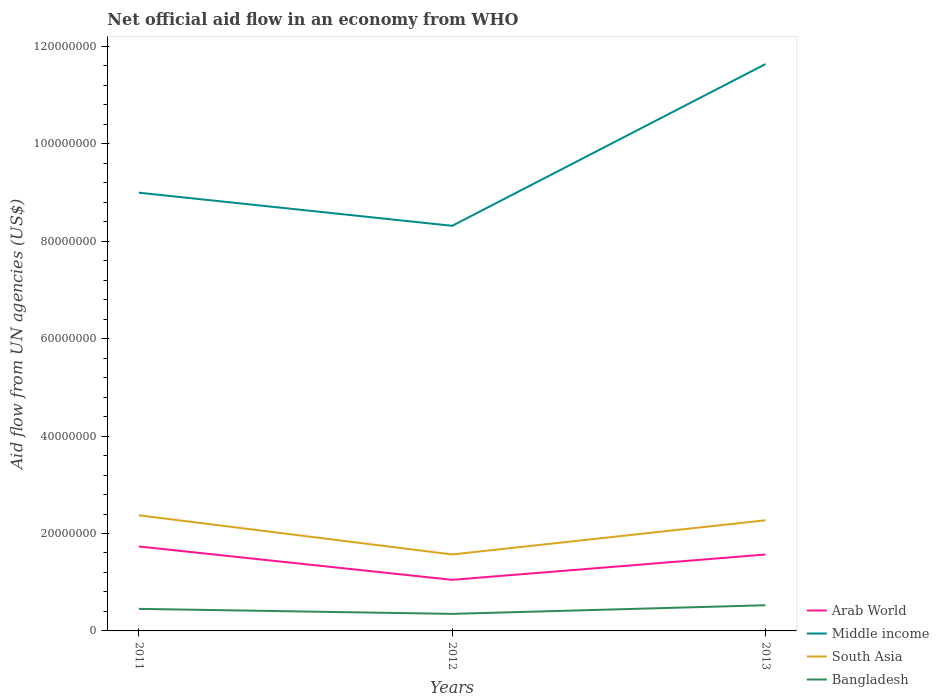
| Years | Arab World | Middle income | South Asia | Bangladesh |
 | --- | --- | --- | --- | --- |
 | 2011 | 1.73e+07 | 9e+07 | 2.37e+07 | 4.53e+06 |
 | 2012 | 1.05e+07 | 8.32e+07 | 1.57e+07 | 3.5e+06 |
 | 2013 | 1.57e+07 | 1.16e+08 | 2.27e+07 | 5.27e+06 |